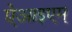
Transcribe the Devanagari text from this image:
ऐआइएम्